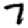
Digit: 7